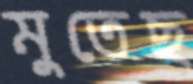
মুতেছ